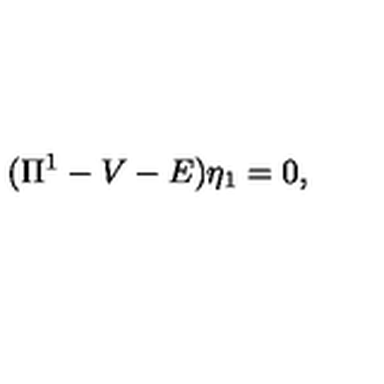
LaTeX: ( { \Pi } ^ { 1 } - V - E ) { \eta } _ { 1 } = 0 ,